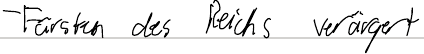
- Fürsten des Reichs verärgert